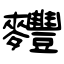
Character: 麷